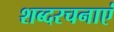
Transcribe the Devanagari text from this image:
शब्दरचनाएं